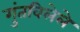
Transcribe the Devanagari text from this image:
गुंतविलेले